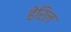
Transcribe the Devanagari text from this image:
हेरिल